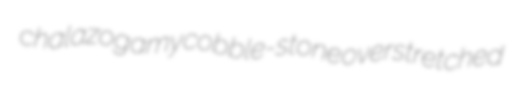
chalazogamy cobble-stone overstretched